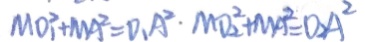
M D _ { 1 } ^ { 2 } + M A ^ { 2 } = D _ { 1 } A ^ { 2 } \cdot M D _ { 2 } ^ { 2 } + M A ^ { 2 } = O _ { 2 } A ^ { 2 }